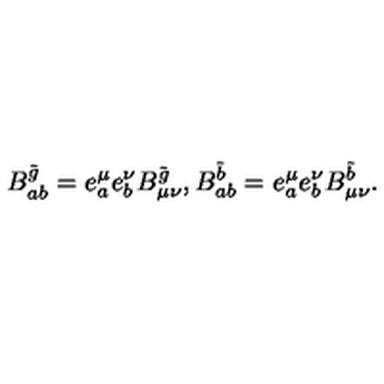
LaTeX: B _ { a b } ^ { \tilde { g } } = e _ { a } ^ { \mu } e _ { b } ^ { \nu } B _ { \mu \nu } ^ { \tilde { g } } , B _ { a b } ^ { \tilde { b } } = e _ { a } ^ { \mu } e _ { b } ^ { \nu } B _ { \mu \nu } ^ { \tilde { b } } .